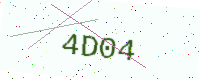
Text: 4D04